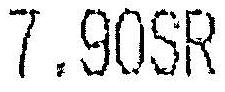
7.90SR